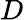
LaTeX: \textit{D}